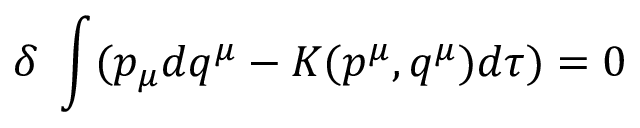
\delta \; \int ( p _ { \mu } d q ^ { \mu } - K ( p ^ { \mu } , q ^ { \mu } ) d \tau ) = 0